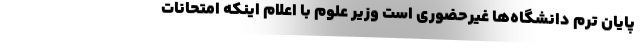
پایان ترم دانشگاه‌ها غیرحضوری است وزیر علوم با اعلام اینکه امتحانات